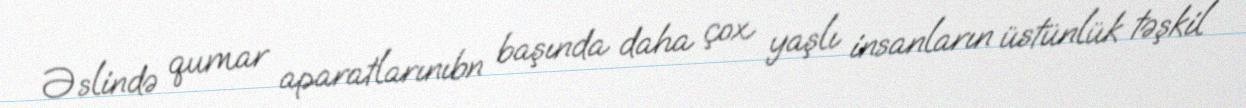
Əslində qumar aparatlarınıbn başında daha çox yaşlı insanların üstünlük təşkil